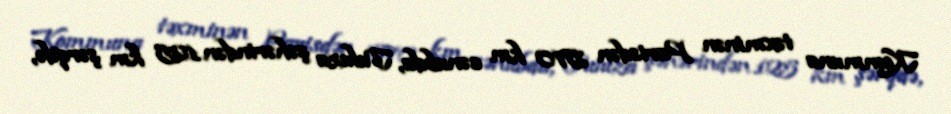
Kommuna təxminən Parisdən 570 km cənubda, Tuluza şəhərindən 125 km şərqdə,